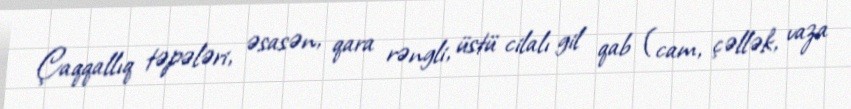
Çaqqallıq təpələri, əsasən, qara rəngli, üstü cilalı gil qab (cam, çəllək, vaza